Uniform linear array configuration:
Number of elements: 16
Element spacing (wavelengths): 0.75
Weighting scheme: binomial
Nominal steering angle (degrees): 0
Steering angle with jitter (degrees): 0.4558
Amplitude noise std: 0.05
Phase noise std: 0.05

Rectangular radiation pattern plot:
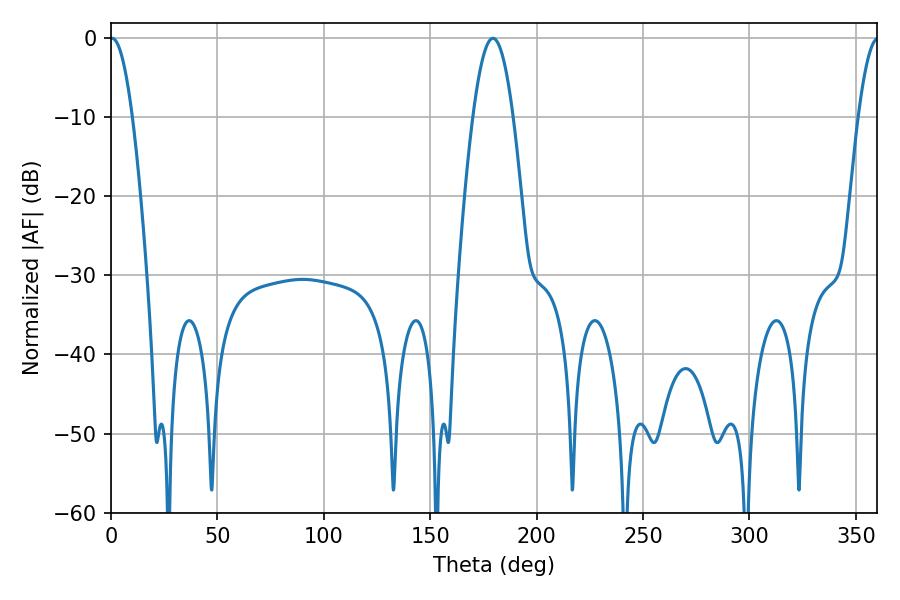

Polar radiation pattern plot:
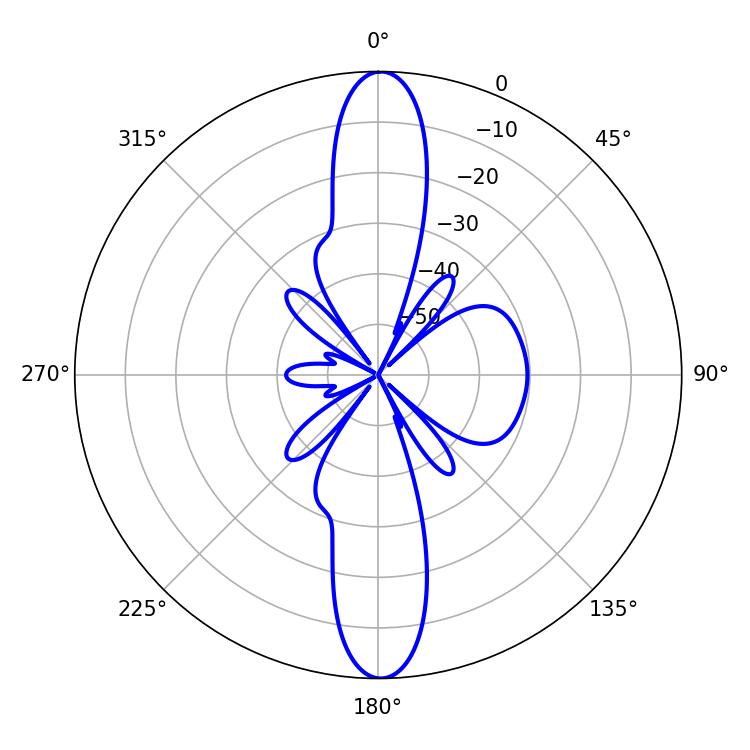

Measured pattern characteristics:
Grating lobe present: TRUE
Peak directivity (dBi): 26.813
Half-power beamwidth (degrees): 5.76
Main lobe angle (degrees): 0.54